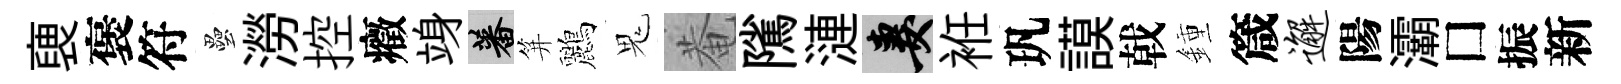
褏褒符壘澇控癥竧蕃笄鸝鬼菴隲漣妻袵㺬謨戟鍾箴邂陽灞□振新